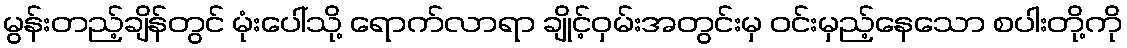
မွန်းတည့်ချိန်တွင် မုံးပေါ်သို့ ရောက်လာရာ ချိုင့်ဝှမ်းအတွင်းမှ ဝင်းမှည့်နေသော စပါးတို့ကို